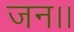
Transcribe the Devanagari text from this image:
जन।।